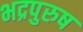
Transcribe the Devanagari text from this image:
भद्रपुरुष